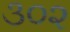
૩૦૨